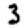
Digit: 3